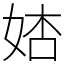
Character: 𡜺